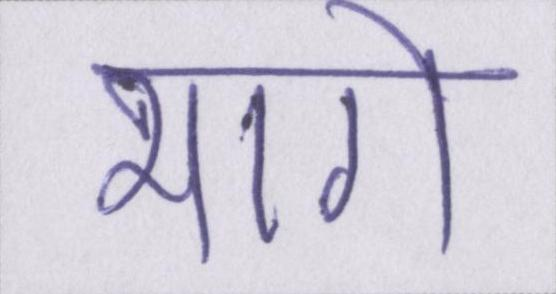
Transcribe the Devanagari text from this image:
भागे